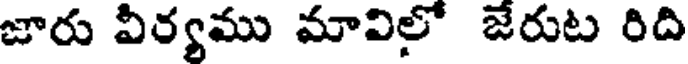
జారు వీర్యము మావిలో జేరుట రిది